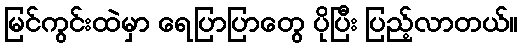
မြင်ကွင်းထဲမှာ ရေပြာပြာတွေ ပိုပြီး ပြည့်လာတယ်။